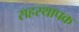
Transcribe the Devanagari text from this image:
सहस्थापक